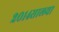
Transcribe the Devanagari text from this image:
२०१४सालचा